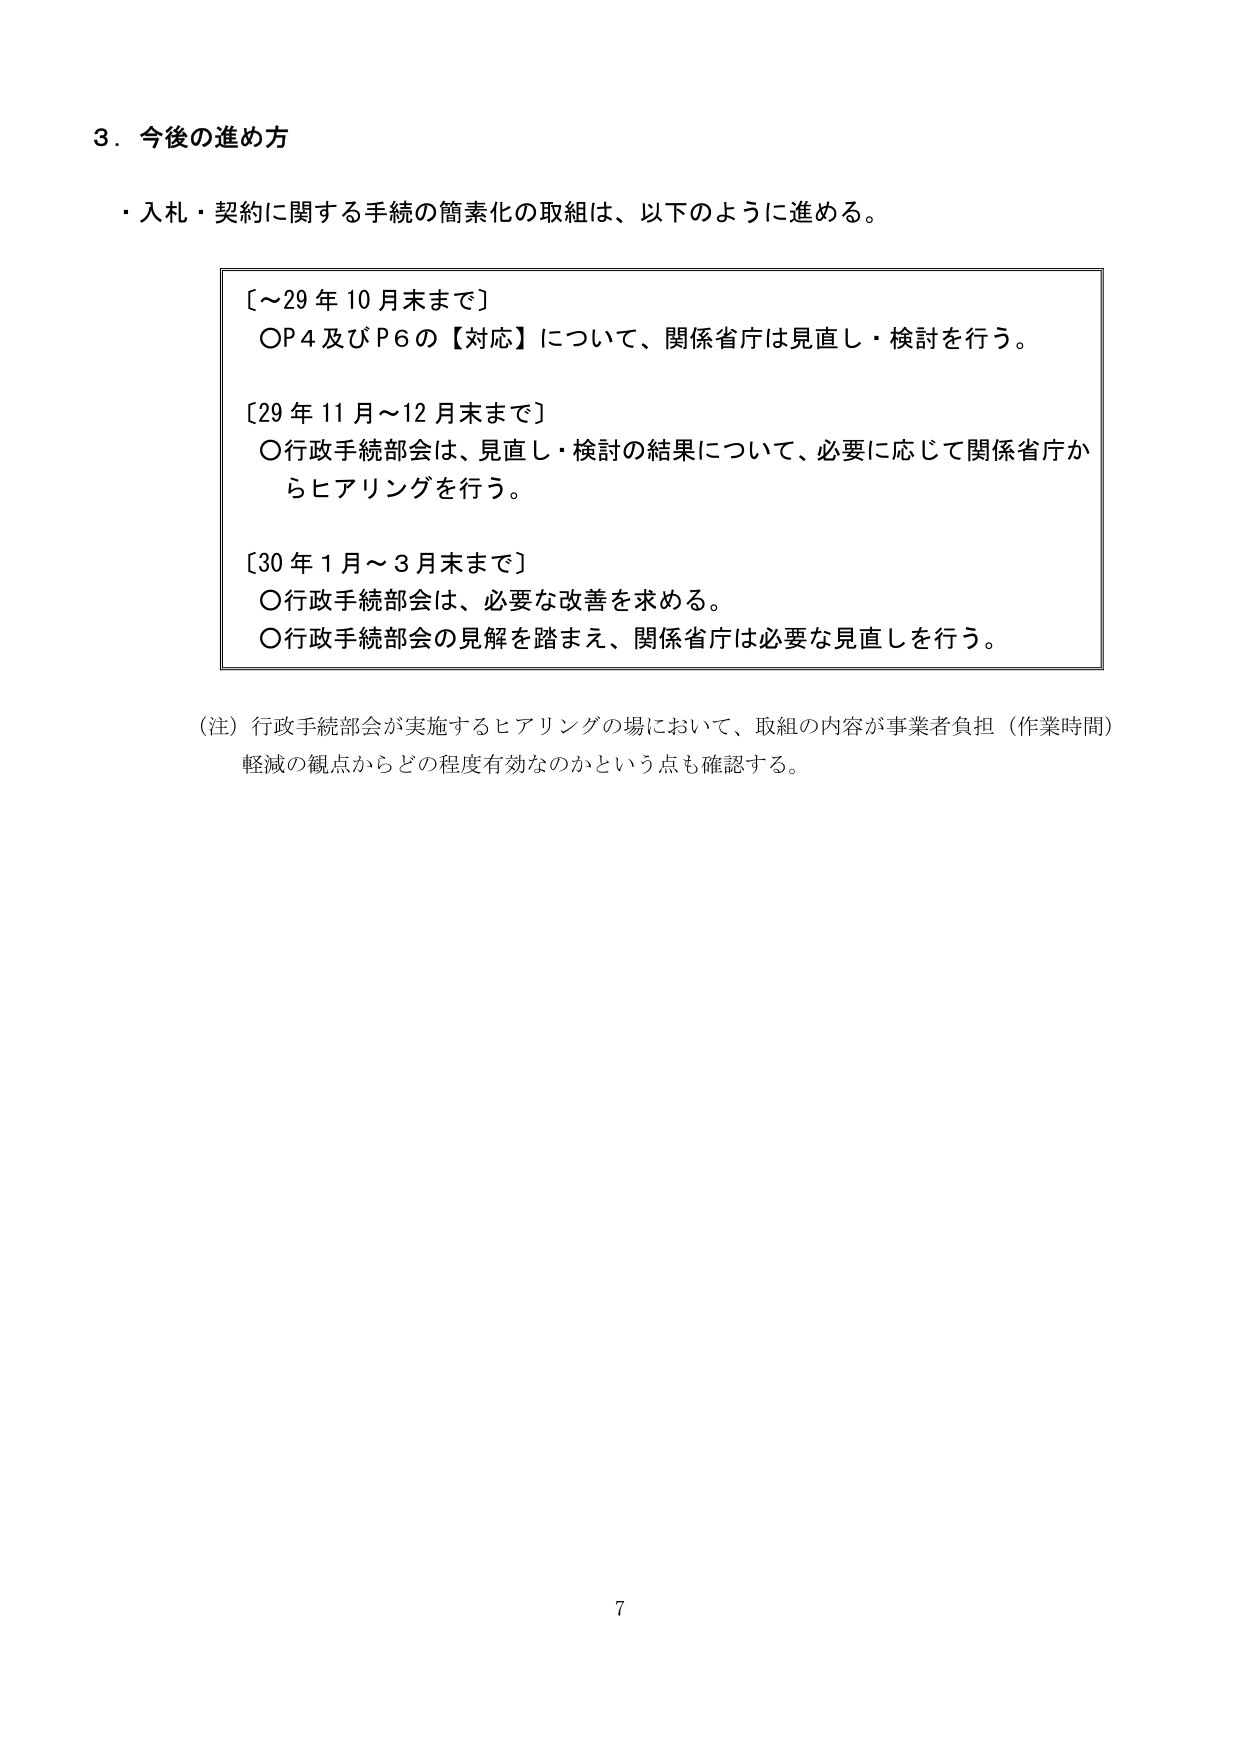
3．今後の進め方

・入札・契約に関する手続の簡素化の取組は、以下のように進める。

〔～29年10月末まで〕
○P4及びP6の【対応】について、関係省庁は見直し・検討を行う。

〔29年11月～12月末まで〕
○行政手続部会は、見直し・検討の結果について、必要に応じて関係省庁からヒアリングを行う。

〔30年1月～3月末まで〕
○行政手続部会は、必要な改善を求める。
○行政手続部会の見解を踏まえ、関係省庁は必要な見直しを行う。

（注）行政手続部会が実施するヒアリングの場において、取組の内容が事業者負担（作業時間）軽減の観点からどの程度有効なのかという点も確認する。

7